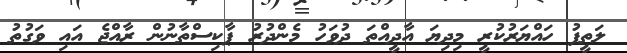
ލަތީފު ހައްޔަރުކުރީ މިދިޔަ އާދީއްތަ ދުވަހު މެންދުރު ޕާކިސްތާނުން ރާއްޖެ އައި ވަގުތު